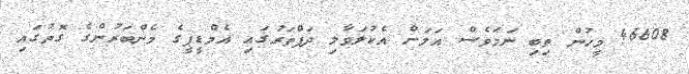
46608 މީހުން ތިބި ނަމަވެސް އަލަށް އެކުލަވާލި ދަފްތަރުގައި އެމްޑީޕީގެ މެންބަރުންގެ ގޮތުގައި